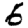
Digit: 6